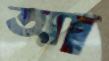
আ